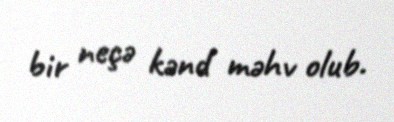
bir neçə kənd məhv olub.